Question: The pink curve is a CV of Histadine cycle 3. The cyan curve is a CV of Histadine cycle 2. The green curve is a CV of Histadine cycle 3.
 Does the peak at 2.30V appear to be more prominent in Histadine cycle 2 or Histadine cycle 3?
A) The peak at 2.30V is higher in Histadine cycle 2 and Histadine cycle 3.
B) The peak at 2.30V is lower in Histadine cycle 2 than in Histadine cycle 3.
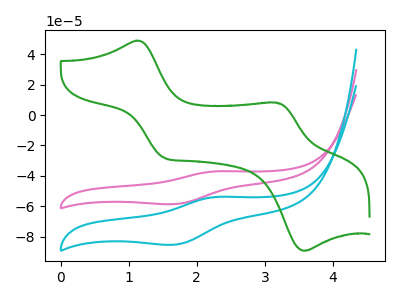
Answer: <think>The pink curve "Histadine cycle 3" has an anodic peak at (2.30V, -36.95uA) and a cathodic peak at (1.65V, -58.55uA). The cyan curve "Histadine cycle 2" has an anodic peak at (2.30V, -53.80uA) and a cathodic peak at (1.65V, -85.20uA). The green curve "Histadine cycle 3" has anodic peaks at (1.10V, 48.80uA) (3.15V, 8.15uA) and cathodic peaks at (1.50V, -28.15uA) (3.55V, -89.10uA).</think>
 <answer>B) The peak at 2.30V is lower in "Histadine cycle 2" than in "Histadine cycle 3".</answer>
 <eval>B</eval>